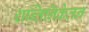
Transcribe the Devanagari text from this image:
शन्तिनिकेतन